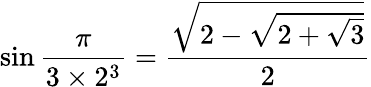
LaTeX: \sin{\frac{\pi}{3\times 2^{3}}}={\frac{\sqrt{2-{\sqrt{2+{\sqrt{3}}}}}}{2}}